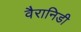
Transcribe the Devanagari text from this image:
वैरानिडी